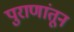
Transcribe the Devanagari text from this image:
पुराणांतून